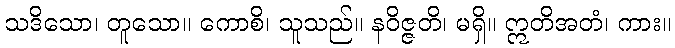
သဒိသော၊ တူသော။ ကောစိ၊ သူသည်။ နဝိဇ္ဇတိ၊ မရှိ။ ဣတိအတံ၊ ကား။